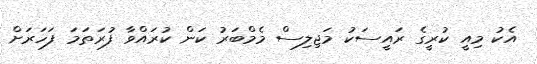
އެކު މިއީ ކުރީގެ ރައީސަކު މަޖިލިސް މެމްބަރު ކަން ކުރައްވާ ފުރަތަމަ ފަހަރަށް